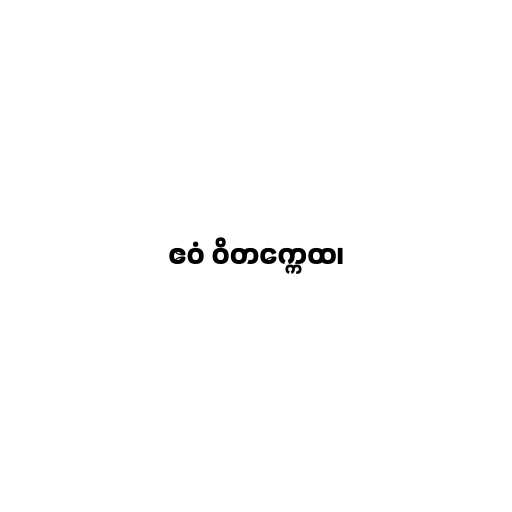
ဧဝံ ဝိတက္ကေထ၊